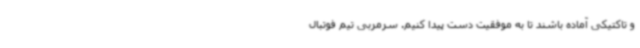
و تاکتیکی آماده باشند تا به موفقیت دست پیدا کنیم. سرمربی تیم فوتبال